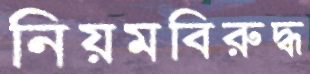
নিয়মবিরুদ্ধ